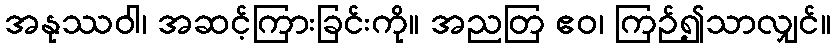
အနုဿဝါ၊ အဆင့်ကြားခြင်းကို။ အညတြ ဧဝ၊ ကြဉ်၍သာလျှင်။